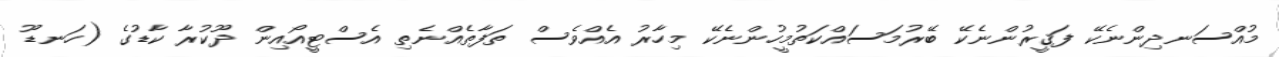
މުއްސަނދިންނެކޭ ފަޤީރުންނެކޭ ބޭރުމަސައްކަތުމީހުންނެކޭ މިހާރު އެއްވެސް ތަފާތެއްނެތި އެސްޓީއޯއިން ދޫކުރާ ކާޑުގެ (ހަނޑޫ